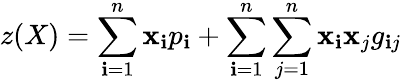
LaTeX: z(X)=\sum\limits_{\mathbf{i}=1}^{n}\mathbf{x}_{\mathbf{i}}p_{\mathbf{i}}+\sum\limits_{\mathbf{i}=1}^{n}\sum\limits_{j=1}^{n}\mathbf{x}_{\mathbf{i}}\mathbf{x}_{j}g_{\mathbf{i}j}